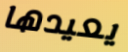
يعيدها